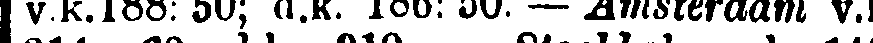
| v.k.188: 50; d.k. 186: 50. — Amsterdam v.k.